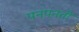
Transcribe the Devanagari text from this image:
पनपनती